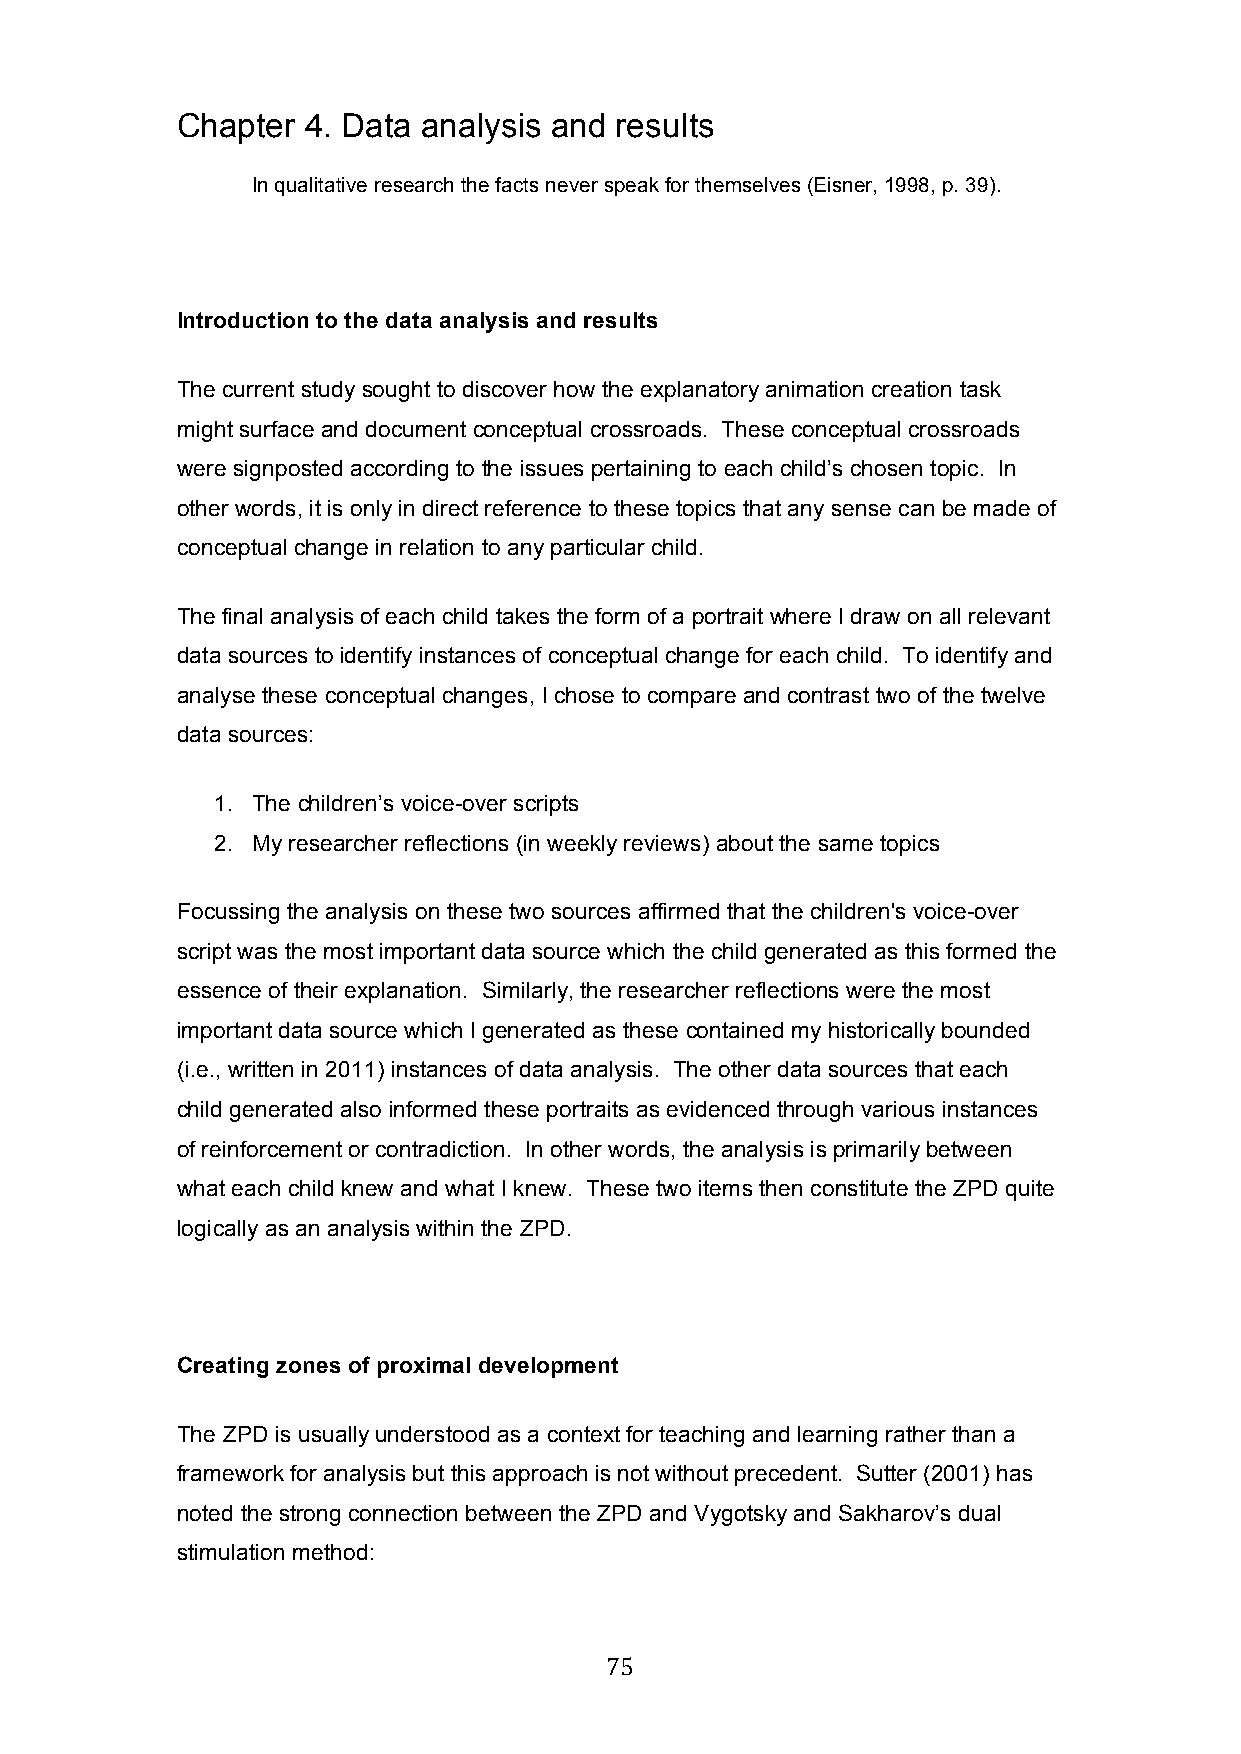
Chapter 4. Data analysis and results
 In qualitative research the facts never speak for themselves (Eisner, 1998, p. 39).
 Introduction to the data analysis and results
 The current study sought to discover how the explanatory animation creation task
 might surface and document conceptual crossroads. These conceptual crossroads
 were signposted according to the issues pertaining to each child’s chosen topic. In
 other words, it is only in direct reference to these topics that any sense can be made of
 conceptual change in relation to any particular child.
 The final analysis of each child takes the form of a portrait where I draw on all relevant
 data sources to identify instances of conceptual change for each child. To identify and
 analyse these conceptual changes, I chose to compare and contrast two of the twelve
 data sources:
 1. The children’s voice-over scripts
 2. My researcher reflections (in weekly reviews) about the same topics
 Focussing the analysis on these two sources affirmed that the children's voice-over
 script was the most important data source which the child generated as this formed the
 essence of their explanation. Similarly, the researcher reflections were the most
 important data source which I generated as these contained my historically bounded
 (i.e., written in 2011) instances of data analysis. The other data sources that each
 child generated also informed these portraits as evidenced through various instances
 of reinforcement or contradiction. In other words, the analysis is primarily between
 what each child knew and what I knew. These two items then constitute the ZPD quite
 logically as an analysis within the ZPD.
 Creating zones of proximal development
 The ZPD is usually understood as a context for teaching and learning rather than a
 framework for analysis but this approach is not without precedent. Sutter (2001) has
 noted the strong connection between the ZPD and Vygotsky and Sakharov’s dual
 stimulation method:
 75